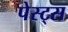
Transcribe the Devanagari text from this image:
पेस्ट्स